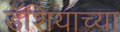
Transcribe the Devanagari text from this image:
डॅशियाच्या